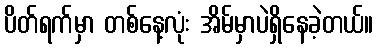
ပိတ်ရက်မှာ တစ်နေ့လုံး အိမ်မှာပဲရှိနေခဲ့တယ်။